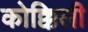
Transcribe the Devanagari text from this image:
कोक्किली